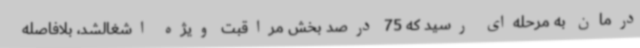
درمان به مرحله‌ای رسید که 75 درصد بخش مراقبت ویژه اشغالشد، بلافاصله